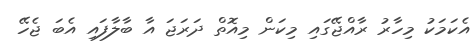
އެކަމަކު މިހާރު ރާއްޖޭގައި މިކަން މިއޮތް ދަރަޖަ އާ ބާލާފައި އެބަ ޖެހޭ